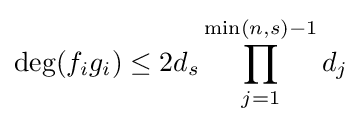
\deg(f_{i}g_{i})\leq 2d_{s}\prod _{j=1}^{\min(n,s)-1}d_{j}